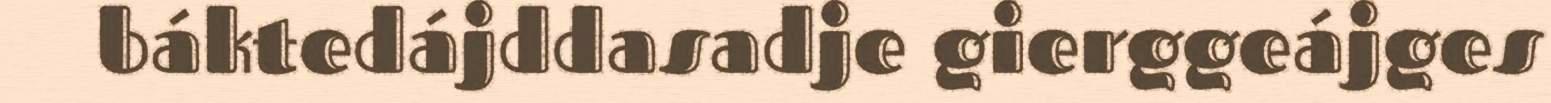
báktedájddasadje gierggeájges